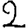
Digit: 2